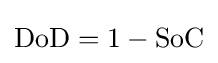
\mathrm {DoD} =1-\mathrm {SoC}